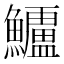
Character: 𮬗